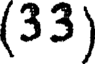
(33)